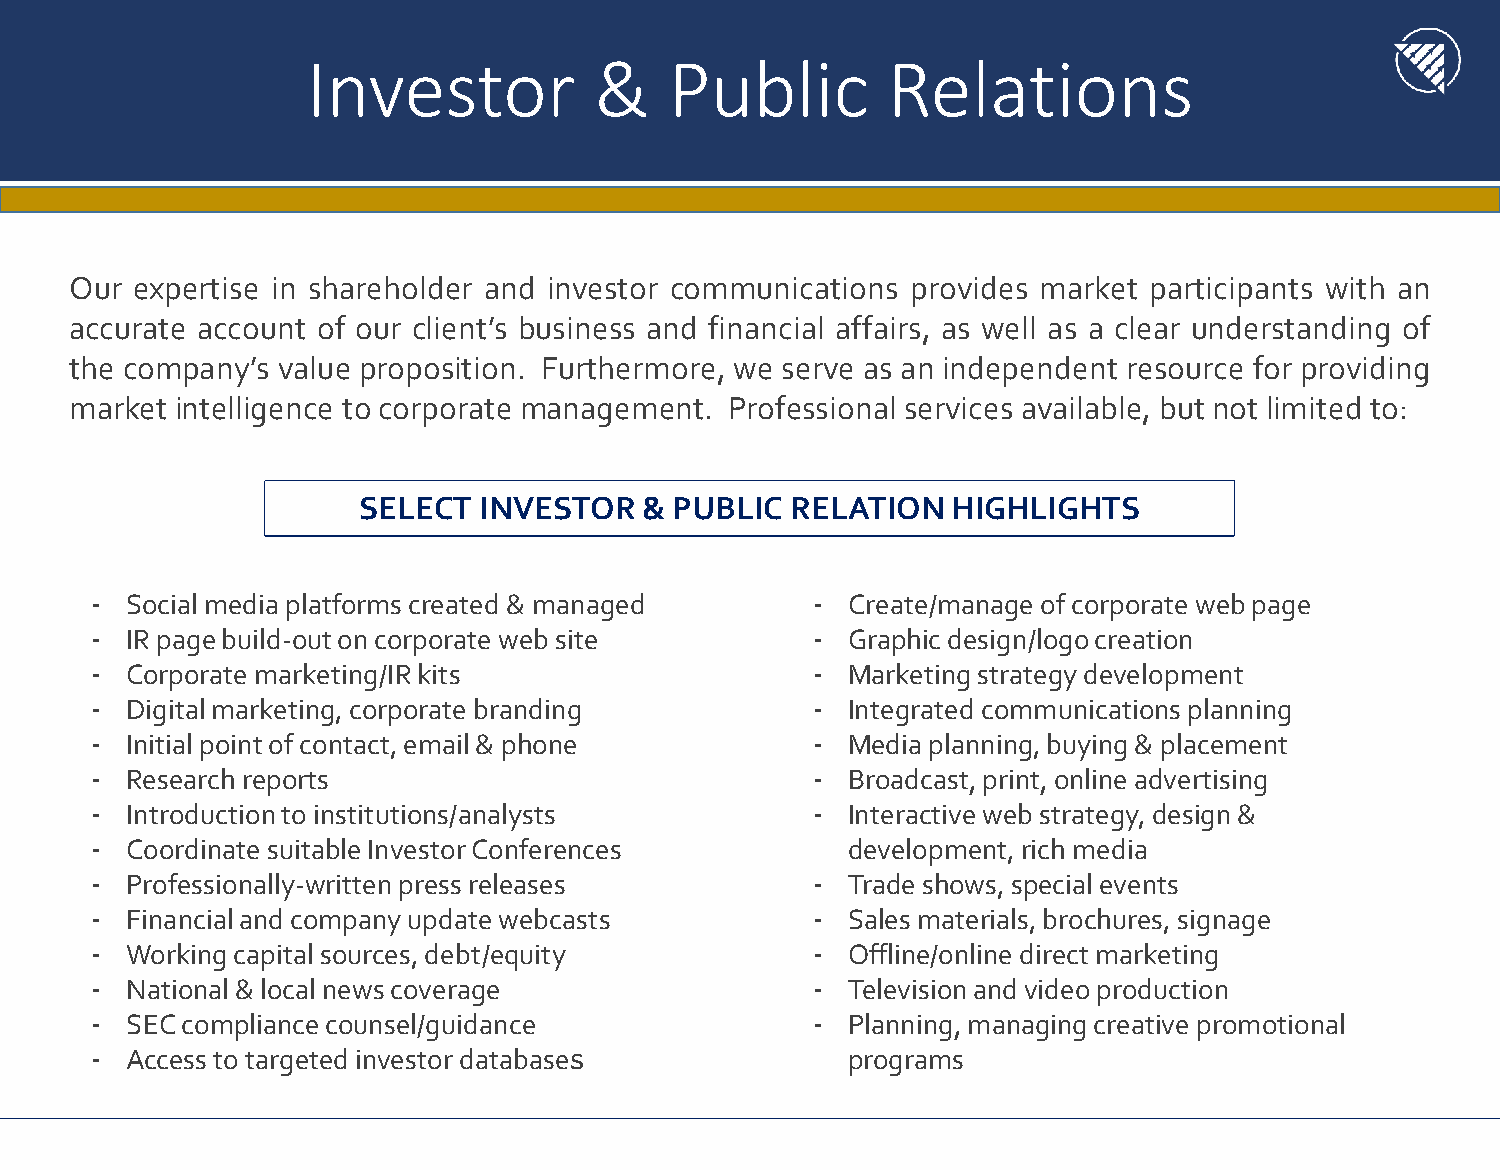
Investor           &    Public         Relations
 Our expertise in shareholder and investor communications provides market participants with an
 accurate account of our client’s business and financial affairs, as well as a clear understanding of
 the company’s value proposition. Furthermore, we serve as an independent resource for providing
 market intelligence to corporate management. Professional services available, but not limited to:
 SELECT  INVESTOR   & PUBLIC RELATION   HIGHLIGHTS
 ‐ Social media platforms created & managed      ‐ Create/manage of corporate web page
 ‐ IR page build-out on corporate web site       ‐ Graphic design/logo creation
 ‐ Corporate marketing/IR kits                   ‐ Marketing strategy development
 ‐ Digital marketing, corporate branding         ‐ Integrated communications planning
 ‐ Initial point of contact, email & phone       ‐ Media planning, buying & placement
 ‐ Research reports                              ‐ Broadcast, print, online advertising
 ‐ Introduction to institutions/analysts         ‐ Interactive web strategy, design &
 ‐ Coordinate suitable Investor Conferences        development, rich media
 ‐ Professionally-written press releases         ‐ Trade shows, special events
 ‐ Financial and company update webcasts         ‐ Sales materials, brochures, signage
 ‐ Working capital sources, debt/equity          ‐ Offline/online direct marketing
 ‐ National & local news coverage                ‐ Television and video production
 ‐ SEC compliance counsel/guidance               ‐ Planning, managing creative promotional
 ‐ Access to targeted investor databases           programs